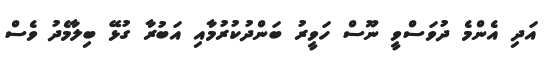
އަދި އެންމެ ދުވަސްވީ ނޫސް ހަވީރު ބަންދުކުރުމާއި އަބުރާ ގުޅޭ ބިލާމެދު ވެސް